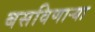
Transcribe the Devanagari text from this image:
बसविणार्‍या